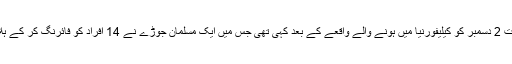
انہوں نے یہ بات 2 دسمبر کو کیلیفورنیا میں ہونے والے واقعے کے بعد کہی تھی جس میں ایک مسلمان جوڑے نے 14 افراد کو فائرنگ کر کے ہلاک کر دیا تھا۔